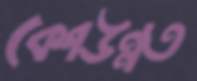
বেশউন্নত